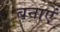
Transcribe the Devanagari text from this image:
बनाऐं